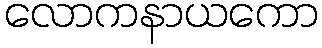
လောကနာယကော